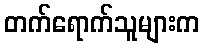
တက်ရောက်သူများက